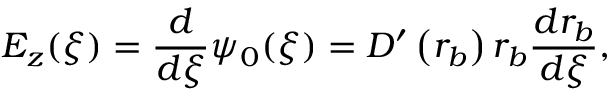
E _ { z } ( \xi ) = \frac { d } { d \xi } \psi _ { 0 } ( \xi ) = D ^ { \prime } \left( r _ { b } \right) r _ { b } \frac { d r _ { b } } { d \xi } ,